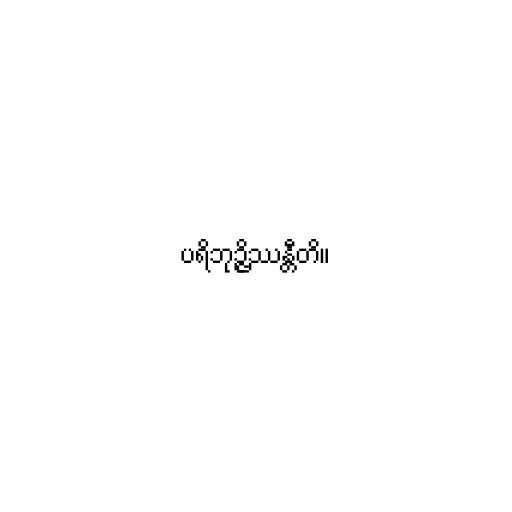
ပရိဘုဉ္ဇိဿန္တီတိ။